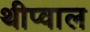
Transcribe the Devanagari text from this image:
थीप्वाल